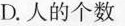
D.人的个数